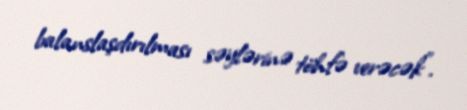
balanslaşdırılması səylərinə töhfə verəcək”.